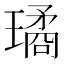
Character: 璚